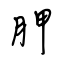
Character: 胛